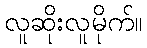
လူဆိုးလူမိုက်။